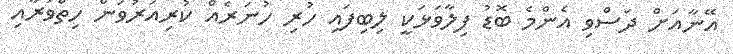
އޭނާއަށް ދަސްވި އެންމެ ބޮޑު ފިލާވަޅަކީ ލިބިފައި ހުރި ހުނަރެއް ކުރިއަރުވަން ހިތްވަރާއި